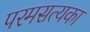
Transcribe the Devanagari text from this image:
परमसत्यका